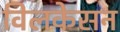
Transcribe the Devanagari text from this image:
विलकेसन